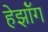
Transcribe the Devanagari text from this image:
हेर्झॉग